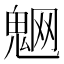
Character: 䰣